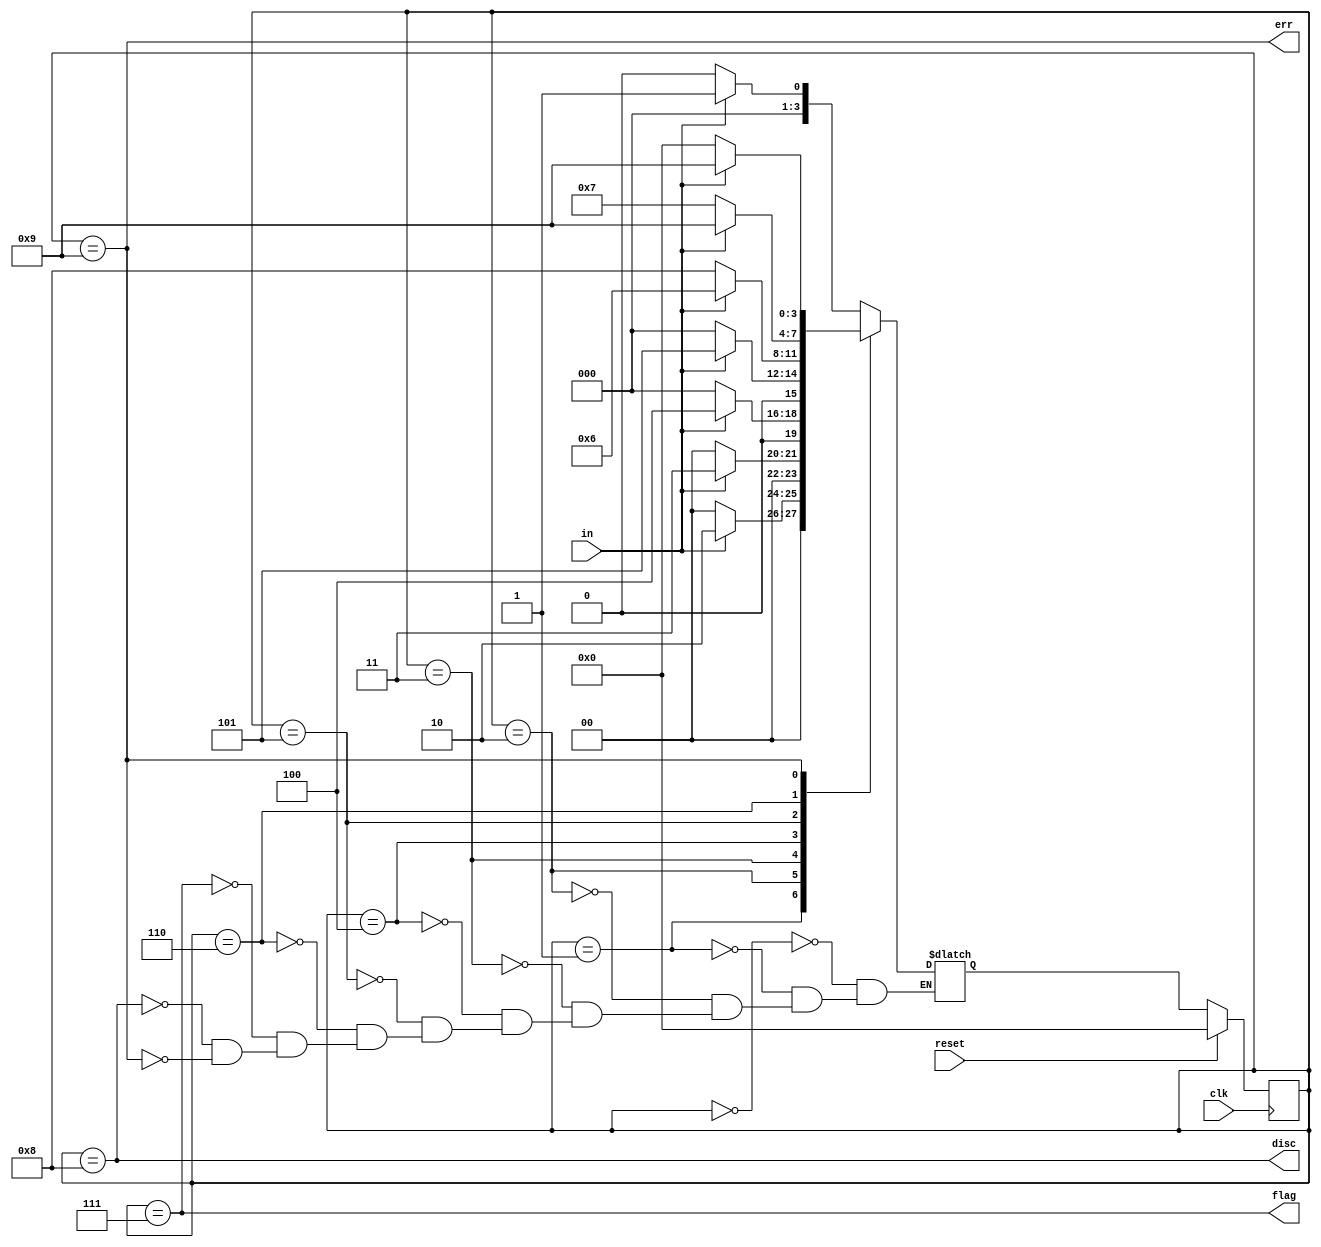
module top_module(
    input clk,
    input reset,    // Synchronous reset
    input in,
    output disc,
    output flag,
    output err);

    parameter idle = 4'd0; 
    parameter bit1 = 4'd1;
    parameter bit2 = 4'd2;
    parameter bit3 = 4'd3;
    parameter bit4 = 4'd4;
    parameter bit5 = 4'd5;
    parameter bit6 = 4'd6;
    parameter FLAG = 4'd7;
    parameter DISC = 4'd8;
    parameter ERR = 4'd9;
    
    reg [3:0] state, next_state;
    
    always @(*) begin
        case(state)
            idle:next_state = in ? bit1 : idle;
            bit1:next_state = in ? bit2 : idle;
            bit2:next_state = in ? bit3 : idle;
            bit3:next_state = in ? bit4 : idle;
            bit4:next_state = in ? bit5 : idle;
            bit5:next_state = in ? bit6 : DISC;
            bit6:next_state = in ? ERR  : FLAG;
            FLAG:next_state = in ? bit1 : idle;
            DISC:next_state = in ? bit1 : idle;
            ERR :next_state = in ? ERR  : idle;
        endcase
    end
    
    always @(posedge clk) begin
        if(reset) begin
            state <= idle;
        end
        else begin
            state <= next_state;
        end
    end
   
   
    assign disc = (state == DISC);
    assign err  = (state == ERR);
    assign flag = (state == FLAG);
endmodule